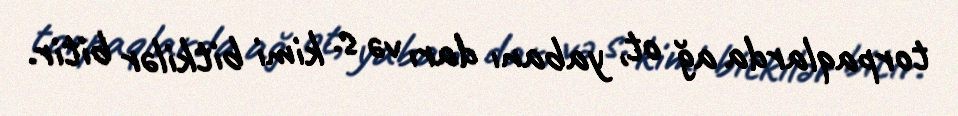
torpaqlarda ağ ot, yabanı darı və s. kimi bitkilər bitir.